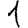
Digit: 1